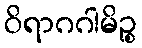
ဝိရာဂဂါမိဉ္စ